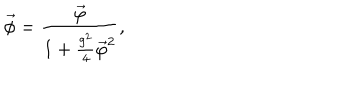
LaTeX: \vec { \phi } = \frac { \vec { \varphi } } { 1 + \frac { g ^ { 2 } } { 4 } { \vec { \varphi } } ^ { 2 } } ,